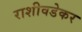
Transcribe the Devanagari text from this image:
राशीवडेकर